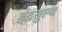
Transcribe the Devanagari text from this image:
इंद्रतुल्य